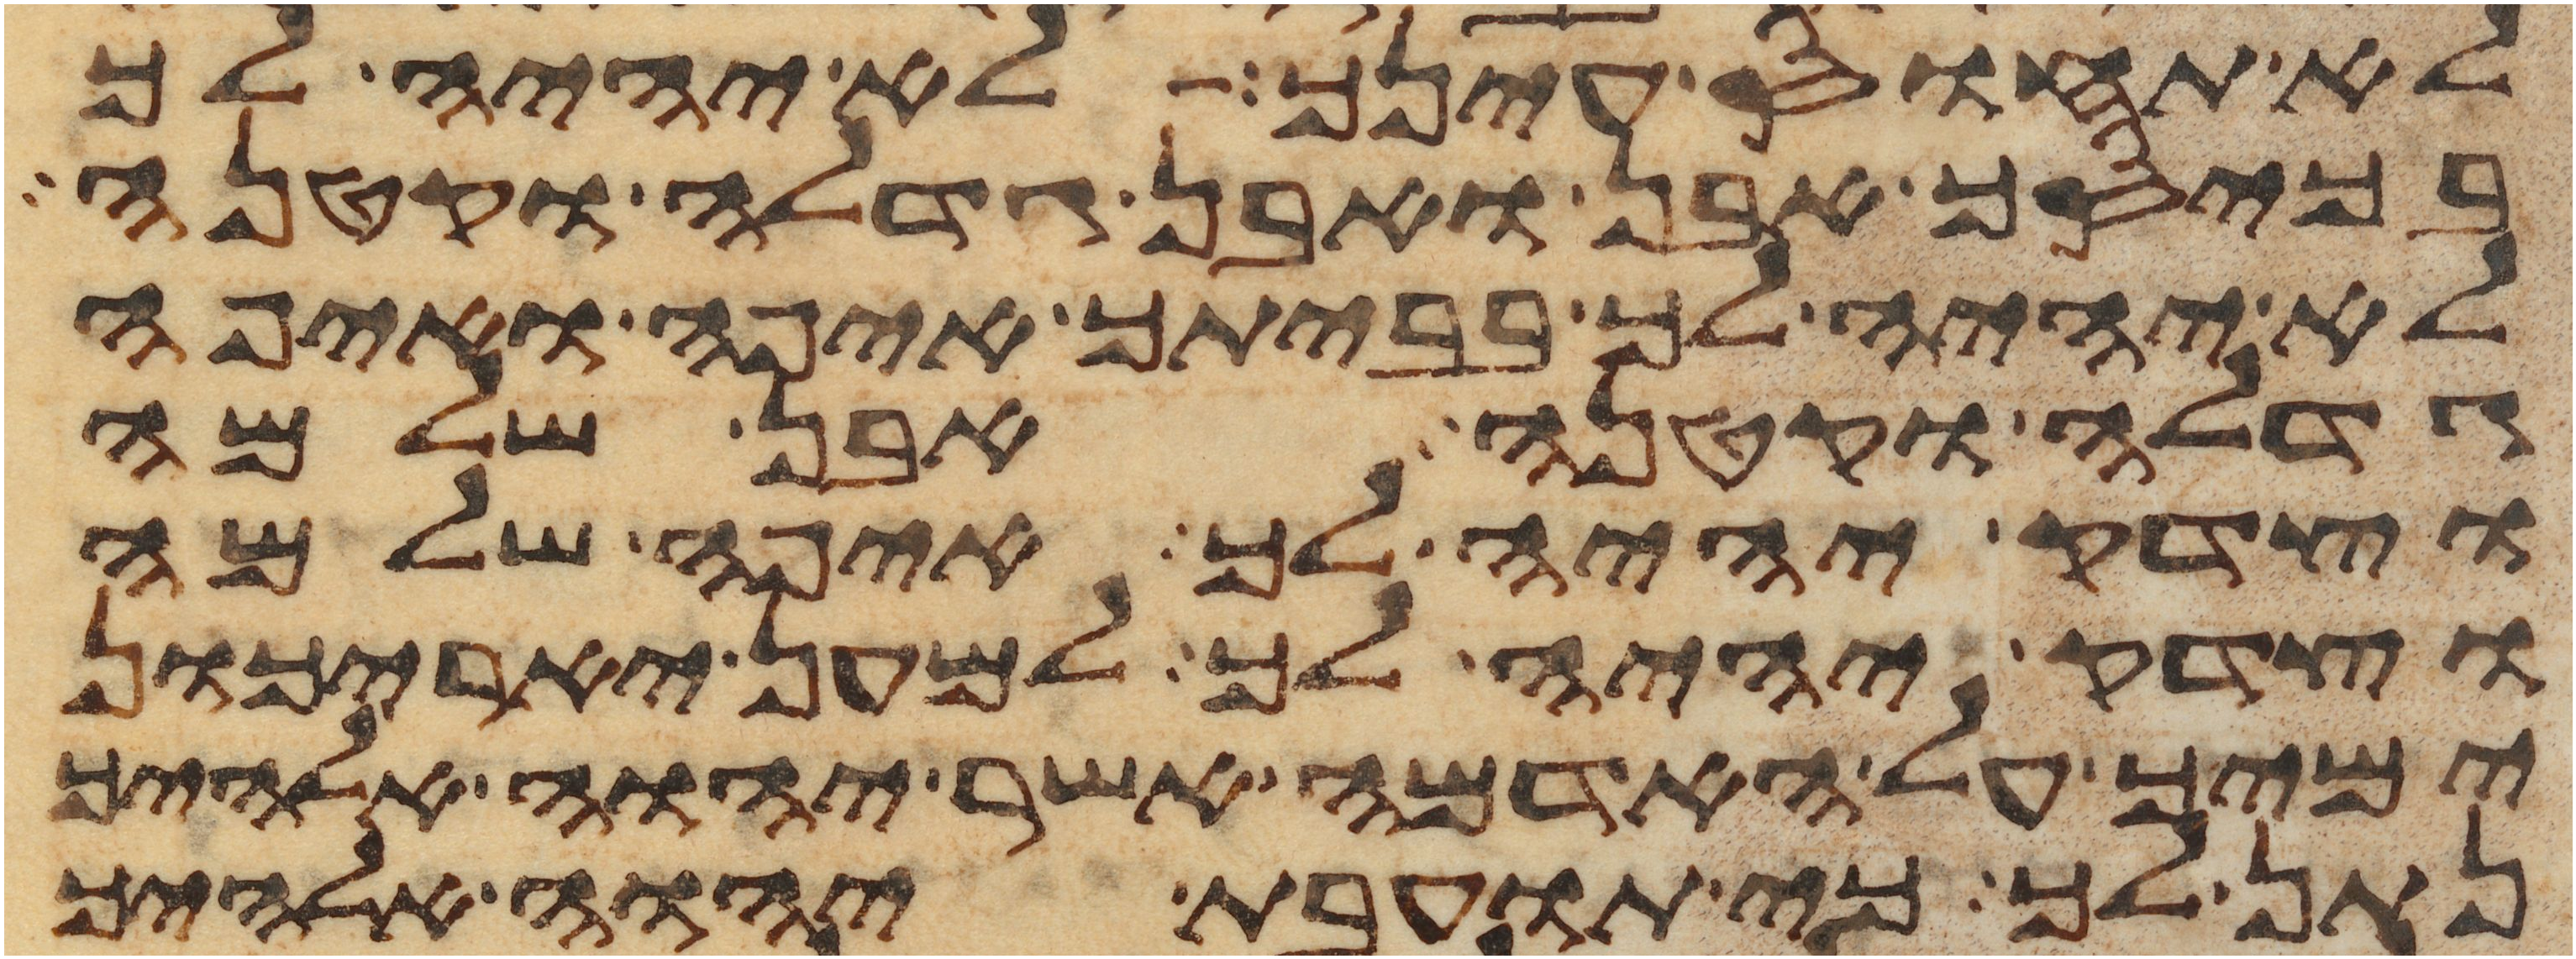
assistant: לא תחוס עינך לא יהיה לך
בכיסך אבן ואבן גדלה וקטנה
לא יהיה לך בביתך איפה ואיפה
גדלה וקטנה אבן שלמה
וצדק יהיה לך איפה שלמה
וצדק יהיה לך למען יאריכון
ימיך על האדמה אשר יהוה אלהיך
נתן לך כי תועבת יהוה אלהיך